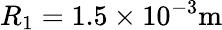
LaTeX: R_{1}=1.5\times 10^{-3}\mathrm{m}